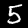
Digit: 5